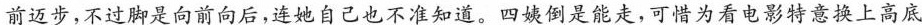
前迈步，不过脚是向前向后，连她自己也不准知道。四姨倒是能走，可惜为看电影特意换上高底